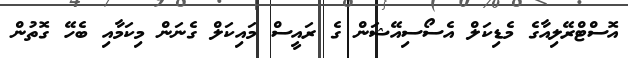
އޮސްޓްރޭލިއާގެ މެޑިކަލް އެސޯސިއޭޝަން ގެ ރައީސް މައިކަލް ގެނަން މިކަމާއި ބެހޭ ގޮތުން